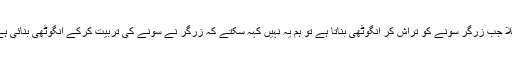
مثلاً جب زرگر سونے کو تراش کر انگوٹھی بناتا ہے تو ہم یہ نہیں کہہ سکتے کہ زرگر نے سونے کی تربیّت کرکے انگوٹھی بنائی ہے۔